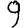
Digit: 9